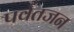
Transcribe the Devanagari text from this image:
पर्वतजन